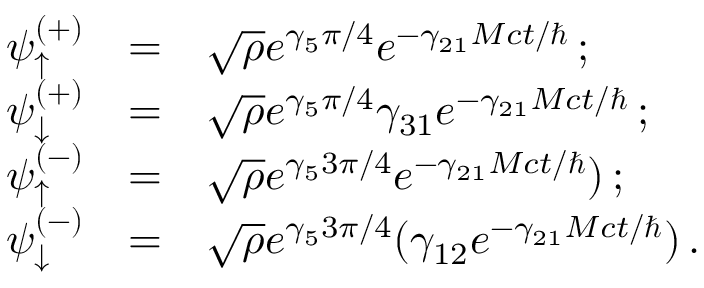
\begin{array} { r c l } { { \psi _ { \uparrow } ^ { ( + ) } } } & { { = } } & { { \sqrt { \rho } e ^ { \gamma _ { 5 } \pi / 4 } e ^ { - \gamma _ { 2 1 } M c t / \hbar } \, ; } } \\ { { \psi _ { \downarrow } ^ { ( + ) } } } & { { = } } & { { \sqrt { \rho } e ^ { \gamma _ { 5 } \pi / 4 } \gamma _ { 3 1 } e ^ { - \gamma _ { 2 1 } M c t / \hbar } \, ; } } \\ { { \psi _ { \uparrow } ^ { ( - ) } } } & { { = } } & { { \sqrt { \rho } e ^ { \gamma _ { 5 } 3 \pi / 4 } e ^ { - \gamma _ { 2 1 } M c t / \hbar } ) \, ; } } \\ { { \psi _ { \downarrow } ^ { ( - ) } } } & { { = } } & { { \sqrt { \rho } e ^ { \gamma _ { 5 } 3 \pi / 4 } ( \gamma _ { 1 2 } e ^ { - \gamma _ { 2 1 } M c t / \hbar } ) \, . } } \end{array}